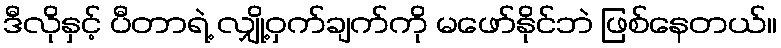
ဒီလိုနှင့် ပီတာရဲ့ လျှို့ဝှက်ချက်ကို မဖော်နိုင်ဘဲ ဖြစ်နေတယ်။